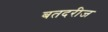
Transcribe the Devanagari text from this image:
बतदरीज